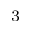
^ 3